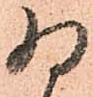
為